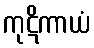
ကုဋိကာယံ